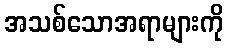
အသစ်သောအရာများကို